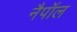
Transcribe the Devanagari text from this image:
नैपॉल